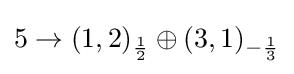
5\rightarrow (1,2)_{1 \over 2}\oplus (3,1)_{-{1 \over 3}}